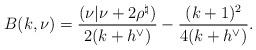
LaTeX: \begin{align*} B(k,\nu)=\frac{(\nu|\nu+2\rho^\natural)}{2(k+h^\vee)}-\frac{(k+1)^2}{4(k+h^\vee)}. \end{align*}